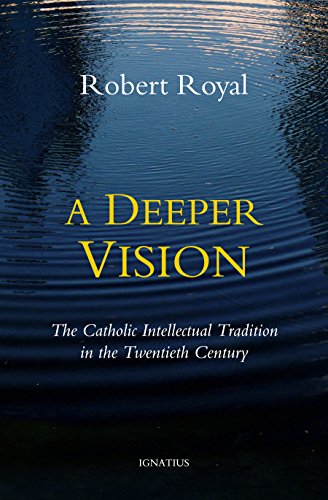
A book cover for A Deeper Vision: The Catholic Intellectual Tradition in the Twentieth Century; Robert Royal; Politics & Social Sciences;